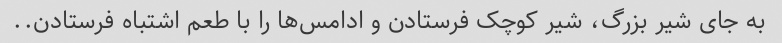
به جای شیر بزرگ، شیر کوچک فرستادن و ادامس‌ها را با طعم اشتباه فرستادن..